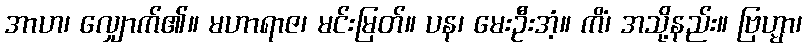
အာဟ၊ လျှောက်၏။ မဟာရာဇ၊ မင်းမြတ်။ ပန၊ မေးဦးအံ့။ ကိံ၊ အသို့နည်း။ ဗြဟ္မာ၊